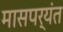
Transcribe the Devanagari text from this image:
मासपर्यंत